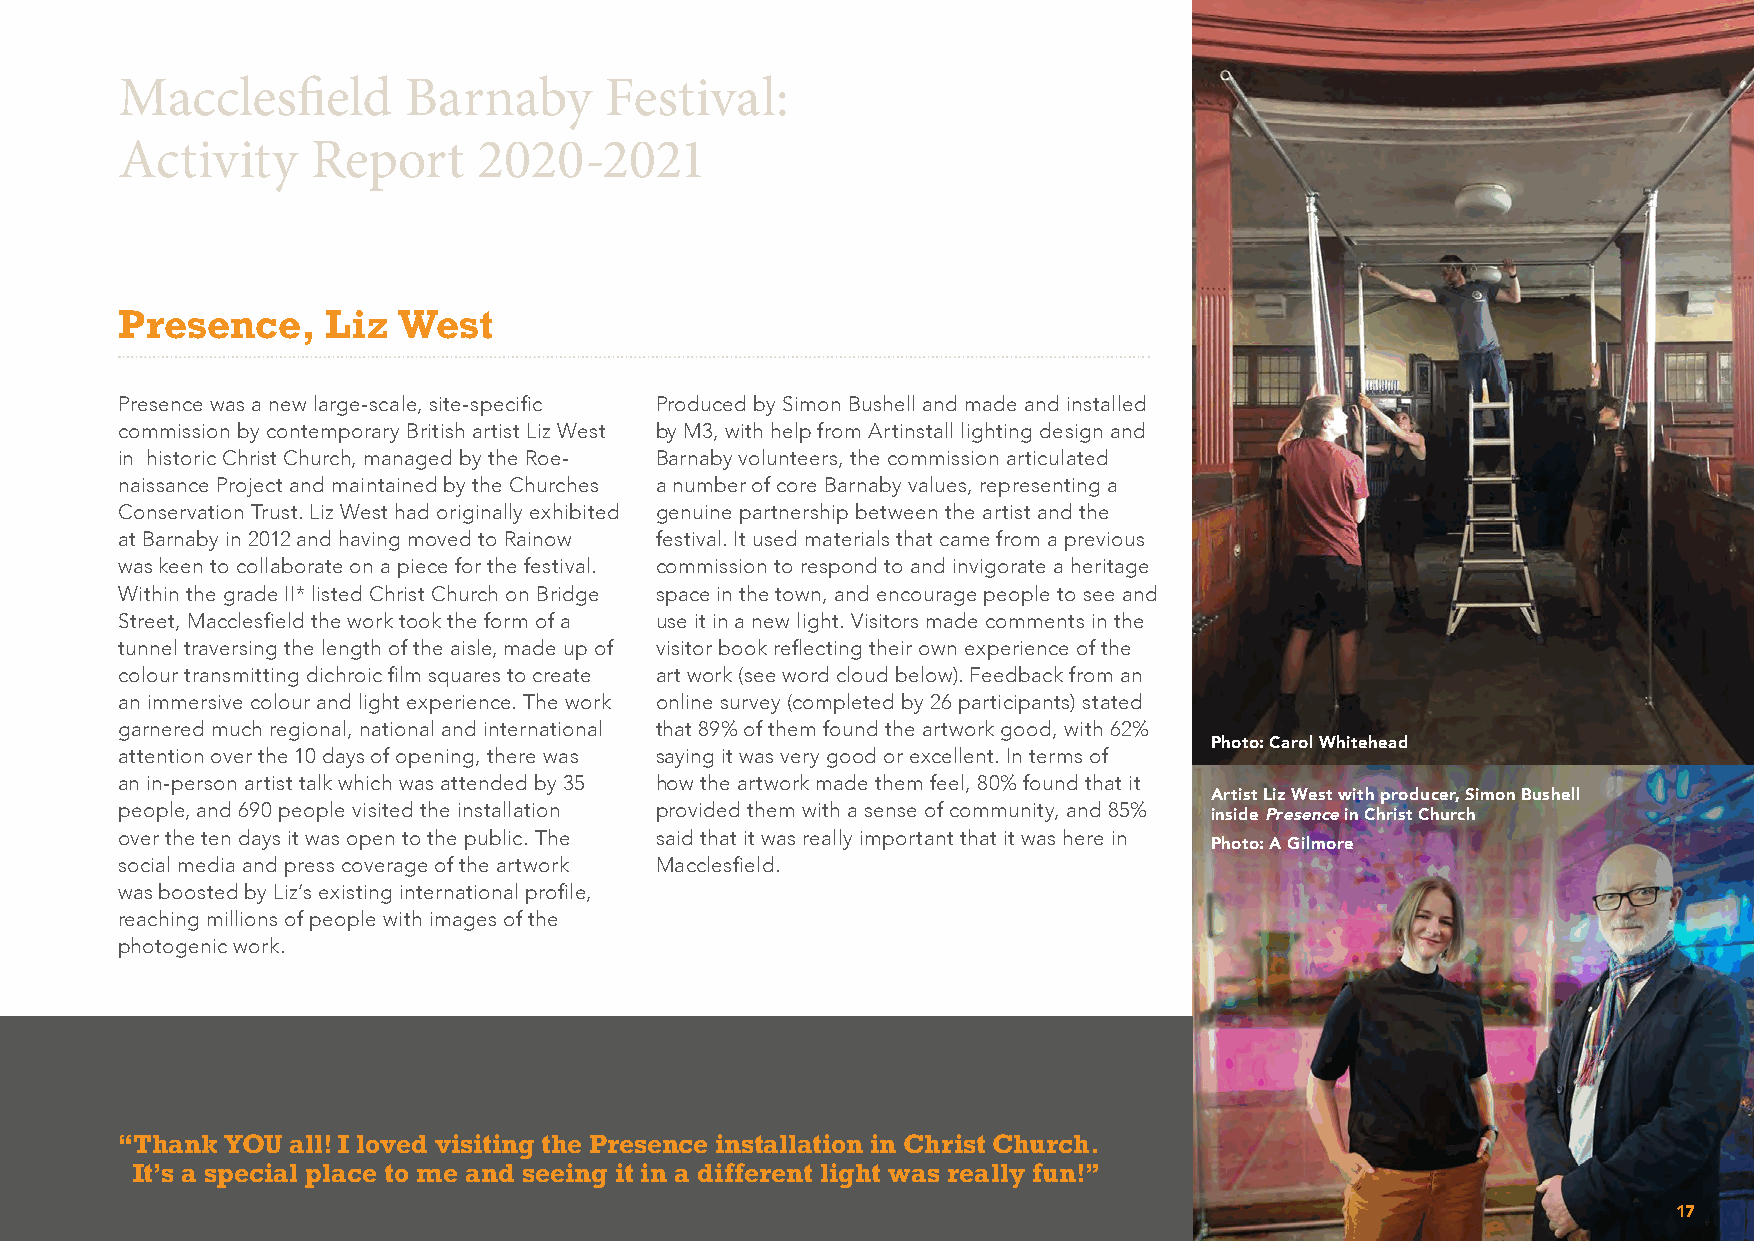
Macclesfield       Barnaby      Festival:
 Activity     Report     2020-2021
 Presence,     Liz West
 Presence was a new large-scale, site-specific Produced by Simon Bushell and made and installed
 commission by contemporary British artist Liz West by M3, with help from Artinstall lighting design and
 in historic Christ Church, managed by the Roe- Barnaby volunteers, the commission articulated
 naissance Project and maintained by the Churches a number of core Barnaby values, representing a
 Conservation Trust. Liz West had originally exhibited genuine partnership between the artist and the
 at Barnaby in 2012 and having moved to Rainow festival. It used materials that came from a previous
 was keen to collaborate on a piece for the festival. commission to respond to and invigorate a heritage
 Within the grade II* listed Christ Church on Bridge space in the town, and encourage people to see and
 Street, Macclesfield the work took the form of a use it in a new light. Visitors made comments in the
 tunnel traversing the length of the aisle, made up of visitor book reflecting their own experience of the
 colour transmitting dichroic film squares to create art work (see word cloud below). Feedback from an
 an immersive colour and light experience. The work online survey (completed by 26 participants) stated
 garnered much regional, national and international that 89% of them found the artwork good, with 62%
 Photo: Carol Whitehead
 attention over the 10 days of opening, there was saying it was very good or excellent. In terms of
 an in-person artist talk which was attended by 35 how the artwork made them feel, 80% found that it
 Artist Liz West with producer, Simon Bushell
 people, and 690 people visited the installation provided them with a sense of community, and 85%
 inside Presence in Christ Church
 over the ten days it was open to the public. The said that it was really important that it was here in
 Photo: A Gilmore
 social media and press coverage of the artwork Macclesfield.
 was boosted by Liz’s existing international profile,
 reaching millions of people with images of the
 photogenic work.
 “ Thank YOU all! I loved visiting the Presence installation in Christ Church.
 It’s a special place to me and seeing it in a different light was really fun!”
 17